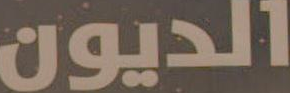
الديون